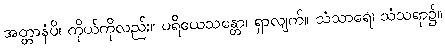
အတ္တာနံပိ၊ ကိုယ်ကိုလည်း။ ပရိယေသန္တော၊ ရှာလျက်။ သံသာရေ၊ သံသရာ၌။